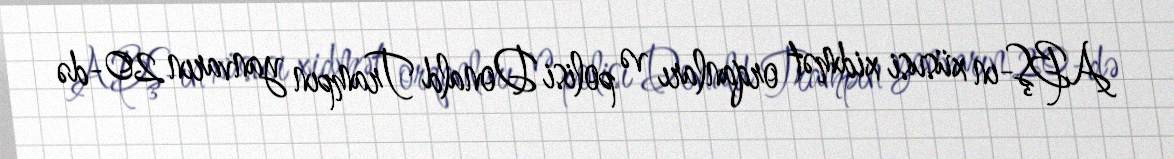
ABŞ-ın xüsusi xidmət orqanları və polisi Donald Trampın yanvarın 20-də